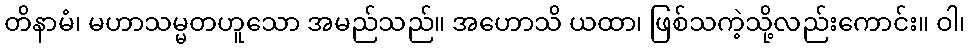
တိနာမံ၊ မဟာသမ္မတဟူသော အမည်သည်။ အဟောသိ ယထာ၊ ဖြစ်သကဲ့သို့လည်းကောင်း။ ဝါ၊